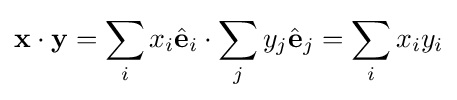
\mathbf {x} \cdot \mathbf {y} =\sum _{i}x_{i}{\hat {\mathbf {e} }}_{i}\cdot \sum _{j}y_{j}{\hat {\mathbf {e} }}_{j}=\sum _{i}x_{i}y_{i}